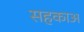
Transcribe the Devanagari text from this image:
सहकाअ